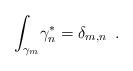
LaTeX: \begin{align*}{\int_{\gamma_{m}}}{\gamma^{\ast}_{n}}={\delta_{m,n}}\,\,\,.\end{align*}